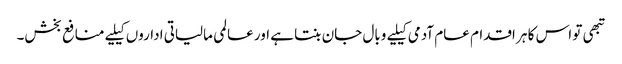
تبھی تو اس کا ہر اقدام عام آدمی کیلیے وبال جان بنتا ہے اور عالمی مالیاتی اداروں کیلیے منافع بخش۔